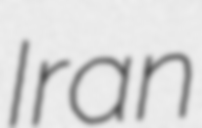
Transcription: Iran